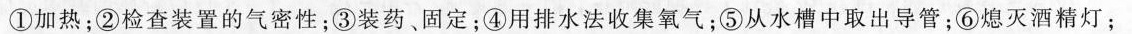
①加热；②检查装置的气密性；③装药、固定；④用排水法收集氧气；⑤从水槽中取出导管；⑥熄灭酒精灯；